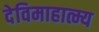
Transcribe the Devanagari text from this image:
देविमाहात्म्य